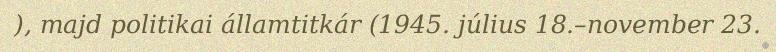
), majd politikai államtitkár (1945. július 18.–november 23.